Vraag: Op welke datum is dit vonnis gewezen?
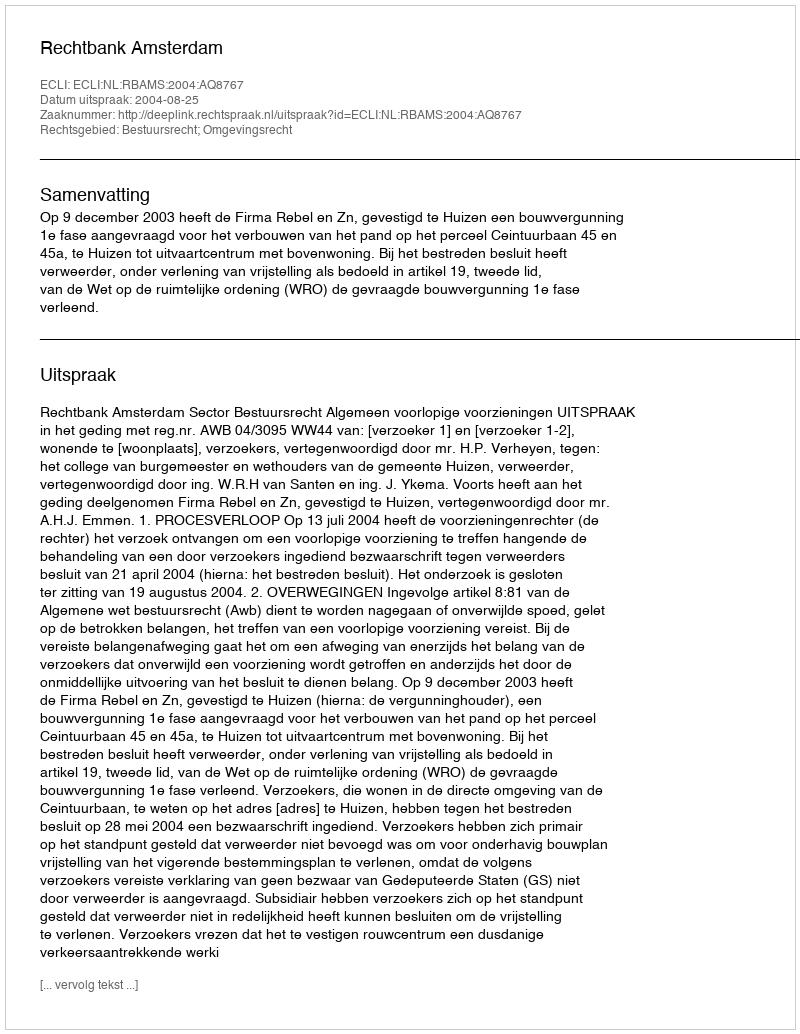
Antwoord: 2004-08-25